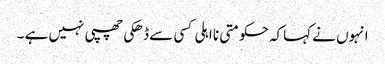
انہوں نے کہاکہ حکومتی نا اہلی کسی سے ڈھکی چھپی نہیں ہے ۔